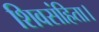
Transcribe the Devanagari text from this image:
शिवसंहिता।